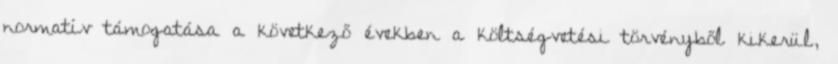
normatív támogatása a következő években a költségvetési törvényből kikerül,